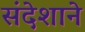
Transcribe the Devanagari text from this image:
संदेशाने